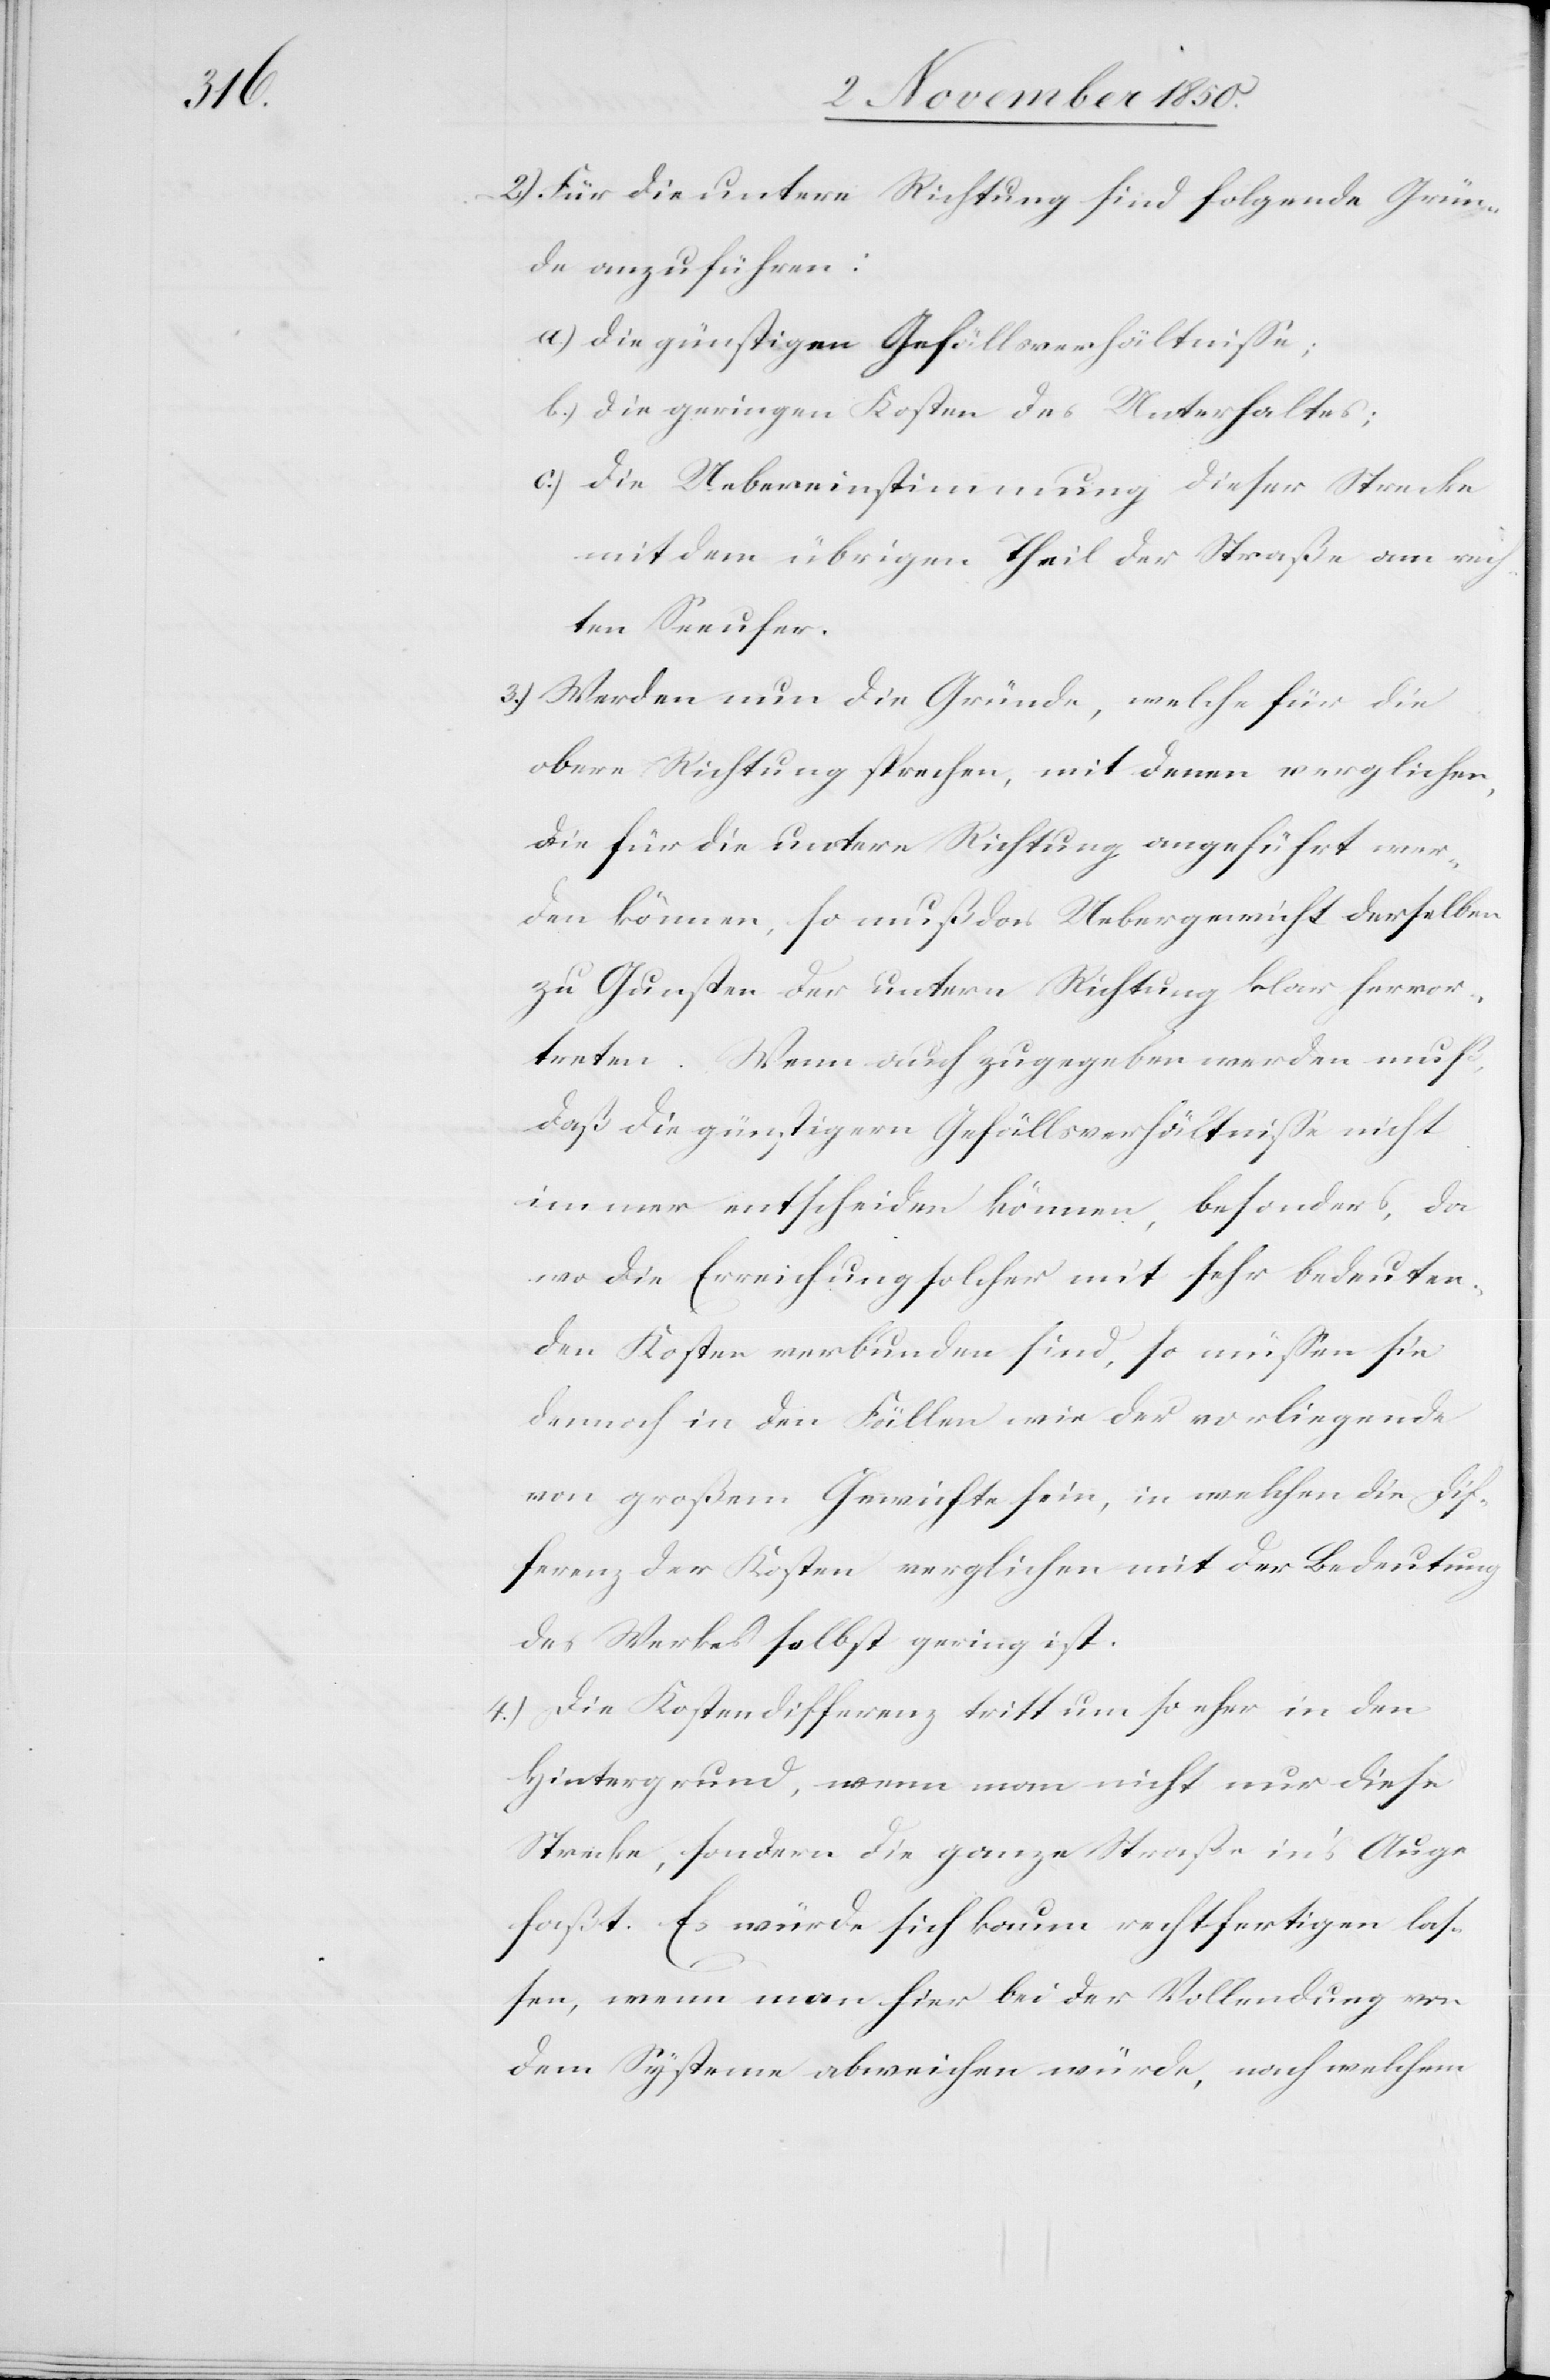
2) Für die untere Richtung sind folgende Grün¬
de anzuführen:
a.) die günstigen Gefällsverhältnisse;
b.) die Uebereinstimmung dieser Strecke
mit dem übrigen Theil der Straße am rech¬
ten Seeufer.
3.) Werden nun die Gründe, welche für die
obere Richtung sprechen, mit denen verglichen,
die für die untere Richtung angeführt wer¬
den können, so muß das Uebergewicht derselben
zu Gunsten der untern Richtung klar hervor¬
treten. Wenn auch zugegeben werden muß,
daß die günstigern Gefällsverhältnisse nicht
immer entscheiden können, besonders, da
wo die Errichtung solcher mit sehr bedeuten¬
den Kosten verbunden sind, so müssen sie
dennoch in den Fällen wie der vorliegende
von großem Gewichte sein, in welchen die Dif¬
ferenz der Kosten verglichen mit der Bedeutung
des Werkes selbst gering ist.
4.) Die Kostendifferenz tritt um so eher in den
Hintergrund, wenn man nicht nur diese
Strecke, sondern die ganze Straße in’s Auge
faßt. Es würde sich kaum rechtfertigen las¬
sen, wenn man hier bei der Vollendung von
dem Systeme abweichen würde, nach welchem